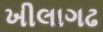
ખીલાગઢ